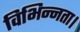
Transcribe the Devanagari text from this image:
विभिन्नता।